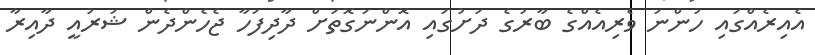
އެއިރެއްގައި ހުންނަ ވެރިއެއްގެ ބާރުގެ ދަށުގައި އޮންނަގޮތަށް ދާދިފަހާ ޖެހެންދެން ޝަރުއީ ދާއިރާ